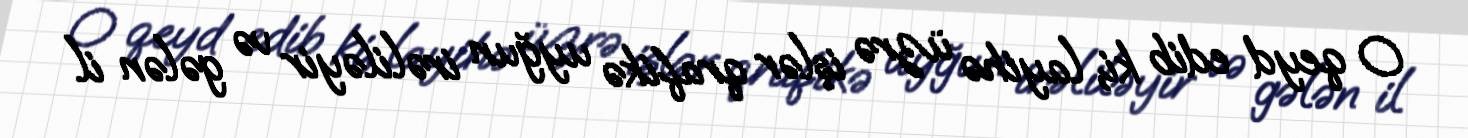
O qeyd edib ki, layihə üzrə işlər qrafikə uyğun irəliləyir və gələn il